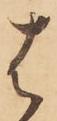
は